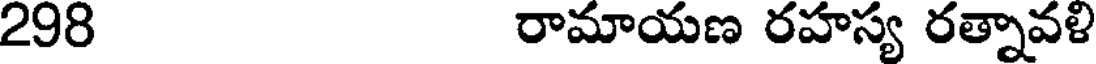
298 రామాయణ రహస్య రత్నావళి